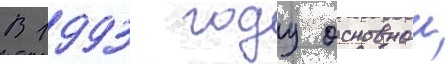
В 1993 году основнои